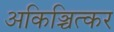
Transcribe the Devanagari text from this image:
अकिञ्चित्कर